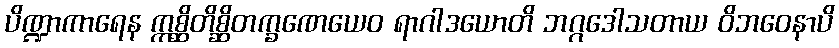
ပိဏ္ဍာကာရေန ဣစ္ဆိတိစ္ဆိတက္ခဏေယေဝ ရာဂါဒယောတိ ဘဂ္ဂဒေါသတာယ ဝိဘဝေနာပိ